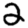
Digit: 2